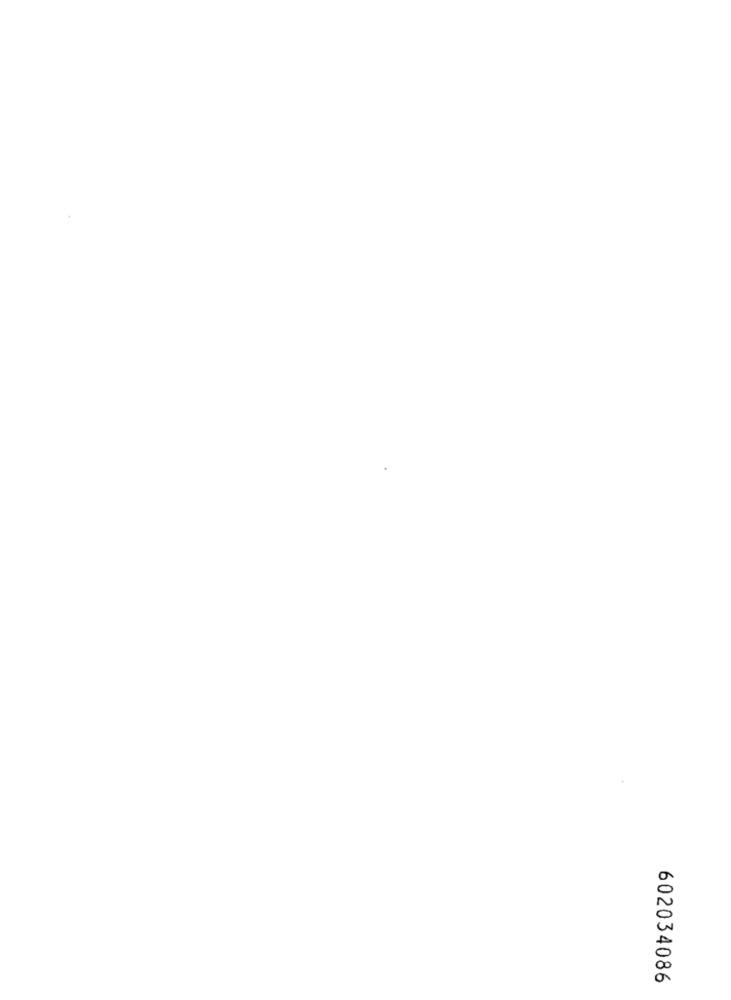
602034086